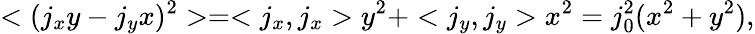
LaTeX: <(j_{x}y-j_{y}x)^{2}>=<j_{x},j_{x}>y^{2}+<j_{y},j_{y}>x^{2}=j_{0}^{2}(x^{2}+y^{2}),